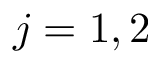
j = 1 , 2